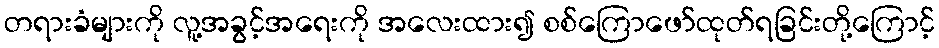
တရားခံများကို လူ့အခွင့်အရေးကို အလေးထား၍ စစ်ကြောဖော်ထုတ်ရခြင်းတို့ကြောင့်